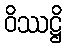
ဝိဿဋ္ဌိ